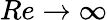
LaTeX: Re\rightarrow\infty